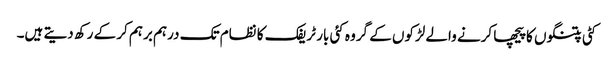
کٹی پتنگوں کا پیچھا کرنے والے لڑکوں کے گروہ کئی بار ٹریفک کا نظام تک درہم برہم کر کے رکھ دیتے ہیں۔